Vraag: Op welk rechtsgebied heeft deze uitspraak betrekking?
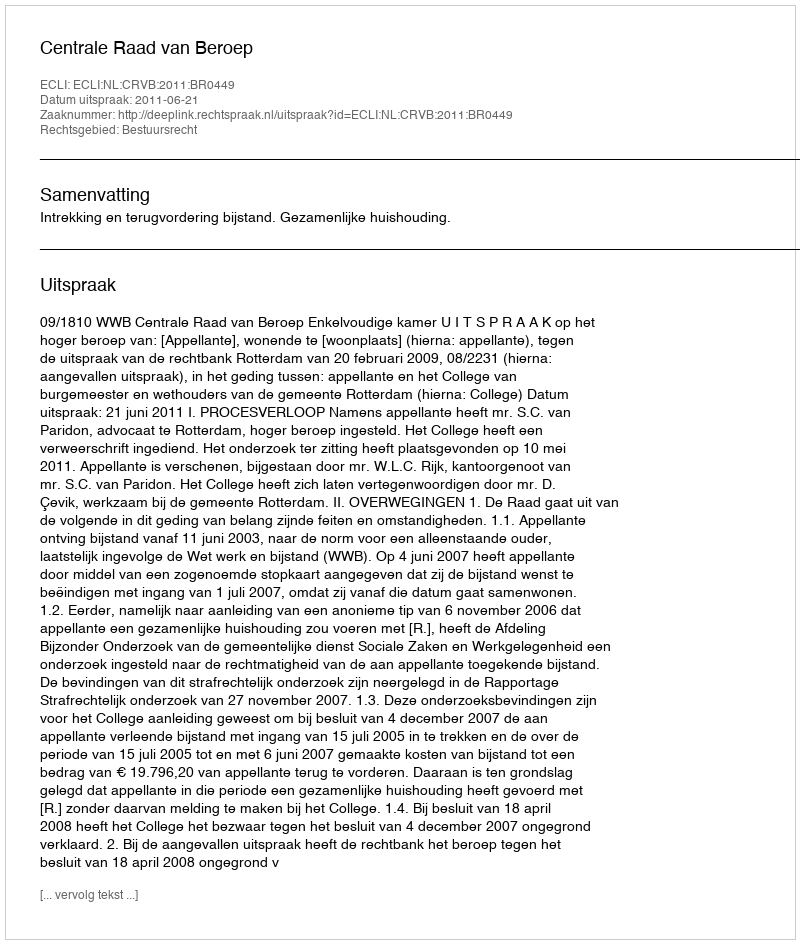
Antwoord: Bestuursrecht